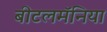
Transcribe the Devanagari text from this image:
बीटलमॅनिया